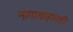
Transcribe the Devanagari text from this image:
नागाथाहल्ली